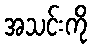
အသင်းကို